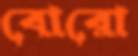
বোরো